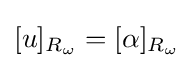
[u]_{R_{\omega }}=[\alpha ]_{R_{\omega }}